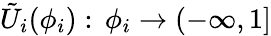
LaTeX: \tilde{U}_{i}(\phi_{i}):\, \phi_{i}\to(-\infty,1]